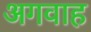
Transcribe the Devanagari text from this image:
अगवाह